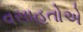
વસાહતોએ